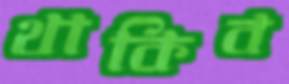
থাকিব